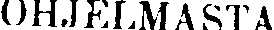
OHJELMASTA